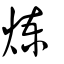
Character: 鍊